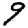
Digit: 9